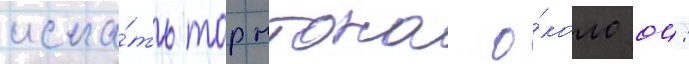
иска́ть торнтона о́коло 04: